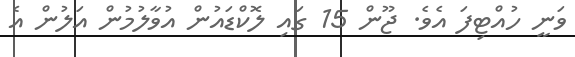
ވަނީ ހުއްޓިފަ އެވެ. ޖޫން 15 ގައި ލޮކްޑައުން އުވާލުމުން އަލުން އެ